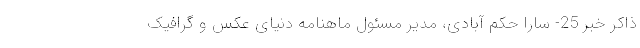
ذاکر خبر 25- سارا حکم آبادی، مدیر مسئول ماهنامه دنیای عکس و گرافیک